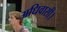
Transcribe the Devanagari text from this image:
अधिवासी।